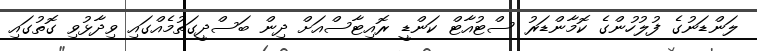
ލަންޑަނުގެ ފުލުހުންގެ ކޮމާންޑަރު ސްޓުއާޓް ކަންޑީ ރޮއިޓާސްއަށް ދިން ބަސްދީގަތުމެއްގައި ވިދާޅުވި ގޮތުގައި